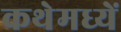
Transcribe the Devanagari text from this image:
कथेमध्यें